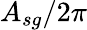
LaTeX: A_{sg}/2\pi